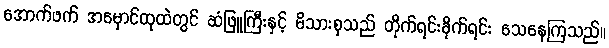
အောက်ဖက် အမှောင်ထုထဲတွင် ဆံဖြူကြီးနှင့် မိသားစုသည် တိုက်ရင်းခိုက်ရင်း သေနေကြသည်။